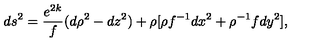
d s ^ { 2 } = { \frac { e ^ { 2 k } } { f } } ( d \rho ^ { 2 } - d z ^ { 2 } ) + \rho [ \rho f ^ { - 1 } d x ^ { 2 } + \rho ^ { - 1 } f d y ^ { 2 } ] ,